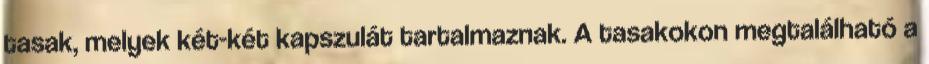
tasak, melyek két-két kapszulát tartalmaznak. A tasakokon megtalálható a